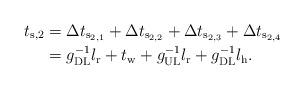
LaTeX: \begin{align*}t_\mathrm{s,2} &= \Delta t_{\mathrm{s}_{2,1}} + \Delta t_{\mathrm{s}_{2,2}} + \Delta t_{\mathrm{s}_{2,3}} + \Delta t_{\mathrm{s}_{2,4}} \\ &=g_\mathrm{DL}^{-1} l_\mathrm{r} + t_\mathrm{w} + g_\mathrm{UL}^{-1} l_\mathrm{r} + g_\mathrm{DL}^{-1} l_\mathrm{h}.\end{align*}